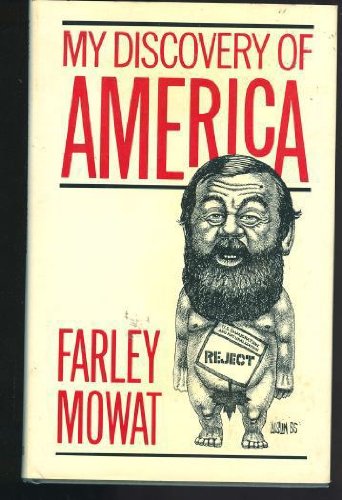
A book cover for My Discovery of America; Farley Mowat; Biographies & Memoirs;